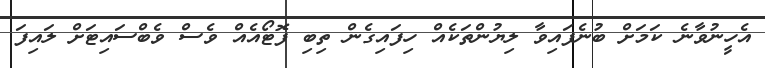
އެހީނުވާނެ ކަމަށް ބުނެފައިވާ ލިޔުންތަކެއް ހިފައިގެން ތިބި ފޮޓޯއެއް ވެސް ވެބްސައިޓަށް ލައިފަ